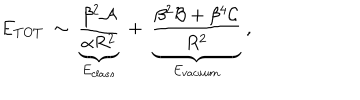
E _ { T O T } \ \sim \ \underbrace { \frac { \beta ^ { 2 } { \cal A } } { \alpha R ^ { 2 } } } _ { E _ { c l a s s } } \ + \ \underbrace { \frac { \beta ^ { 2 } { \cal B } + \beta ^ { 4 } { \cal C } } { R ^ { 2 } } } _ { E _ { v a c u u m } } \ ,